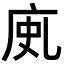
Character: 𢈗